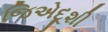
જિએદૂશી